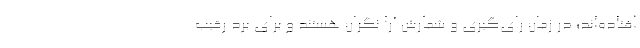
افتاده‌اند؛ در زمان رای‌گیری و شمارش آرا نگران هستند و برای برد رقیب